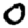
Digit: 0